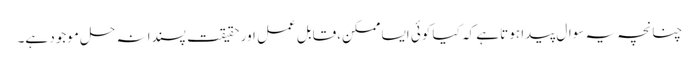
چنانچہ یہ سوال پیدا ہوتا ہے کہ کیا کوئی ایسا ممکن،قابل عمل اور حقیقت پسندانہ حل موجود ہے۔